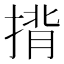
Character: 揹